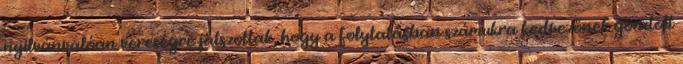
nyilvánvalóan vereségre játszottak, hogy a folytatásban számukra kedvezőnek gondolt